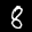
Label: 8